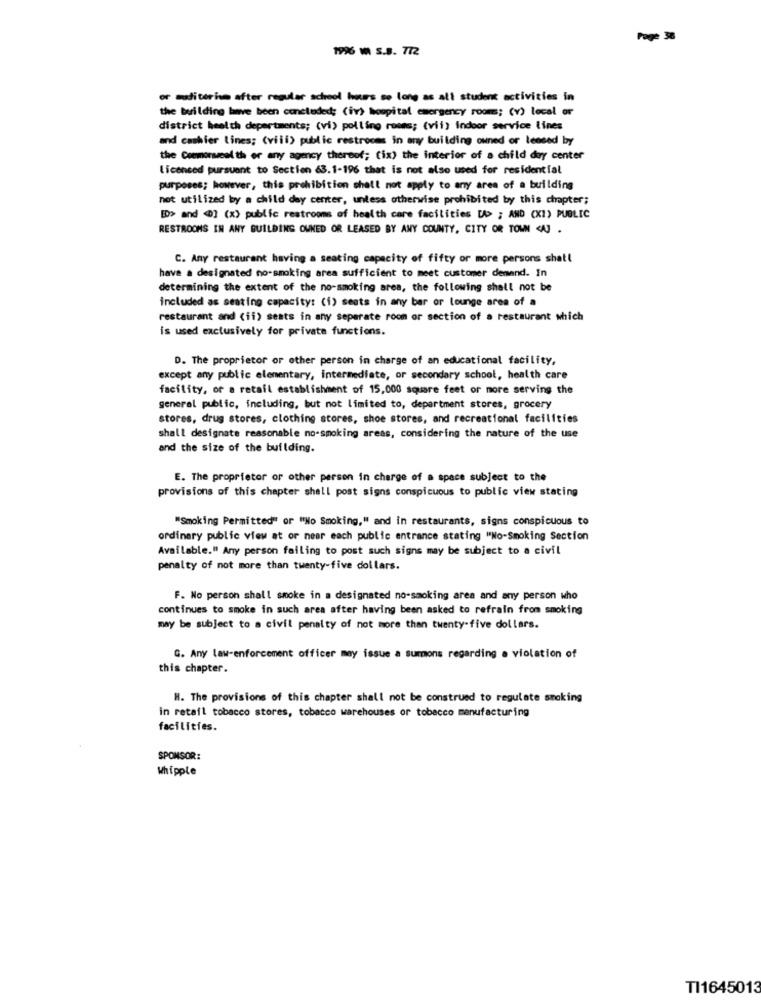
Page 38
1996 M S.B. 772
or auditorium after regular school hours so long as ali student activities in
the building have been concluded: (iv) hospital emergency rooms; (v) local or
district health departments; (vi) polling roams; (vii) Indoor service lines
and cashier lines; (viii) public restrooms in any building owned or lensed by
the Ceemoreel th or any agency thereof; (ix) the interior of a child doy center
licensed pursuant to Section 63.1-196 that is not also used for residential
purposes; however, this prohibition shall not apply to any area of a building
not utilized by a child day center, unless otherwise prohibited by this chapter;
[> and @] (x> public restrooms of health care facilities U> ; AND (X1) PUBLIC
RESTROOMS IN ANY BUILDING OWNED OR LEASED BY ANY COUNTY, CITY OR TOWN <AJ .
C. Any restaurant having a seating capacity of fifty or more persons shall
have a designated no-smoking area sufficient to meet customer demand. In
determining the extent of the no-smoking area, the following shall not be
included as seating capacity: (1) seats in any bar or lounge area of a
restaurant and (ii) seats in any separate room or section of a restaurant which
is used exclusively for private functions.
D. The proprietor or other person in charge of an educational facility,
except any public elementary, intermediate, or secondary school, health care
facility, or a retail establishment of 15,000 square feet or more serving the
general public, including, but not limited to, department stores, grocery
stores, drug stores, clothing stores, shoe stores, and recreational facilities
shall designate reasonable no-smoking areas, considering the nature of the use
and the size of the building.
E. The proprietor or other person in charge of a space subject to the
provisions of this chapter shall post signs conspicuous to public view stating
"Smoking Permitted" or "No Smoking," and in restaurants, signs conspicuous to
ordinary public view at or near each public entrance stating "No-Smoking Section
Available." Any person failing to post such signs may be subject to a civil
penalty of not more than twenty-five dollars.
F. No person shall smoke in a designated no-smoking area and any person who
continues to smoke in such area after having been asked to refrain from smoking
may be subject to a civil penalty of not more than twenty-five dollars.
G. Any law-enforcement officer may issue a sumons regarding a violation of
this chapter.
H. The provisions of this chapter shall not be construed to regulate smoking
in retail tobacco stores, tobacco warehouses or tobacco manufacturing
facilities.
SPONSOR:
Whipple
TI1645013